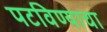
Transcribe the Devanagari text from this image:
पटविण्याचा